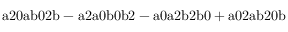
\mathrm { a 2 0 a b 0 2 b - a 2 a 0 b 0 b 2 - a 0 a 2 b 2 b 0 + a 0 2 a b 2 0 b }